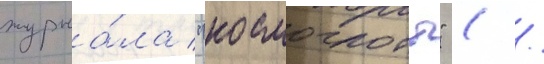
журна́ла "космоглотт" ( /